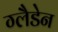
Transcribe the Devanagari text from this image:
ग्लैडेन